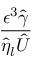
\frac { \epsilon ^ { 3 } \hat { \gamma } } { \hat { \eta } _ { l } \hat { U } }